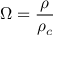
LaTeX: \Omega = { \frac { \rho } { \rho _ { c } } }